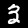
Digit: 3